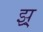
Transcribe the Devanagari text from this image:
झ्र्